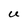
Character: U